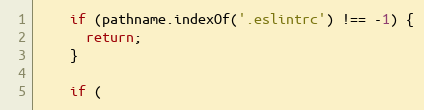
Language: JavaScript
    if (pathname.indexOf('.eslintrc') !== -1) {
      return;
    }

    if (